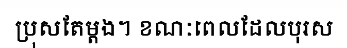
ប្រុសតែម្តង។ ខណៈពេលដែលបុរស